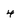
Character: 4